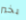
بخير